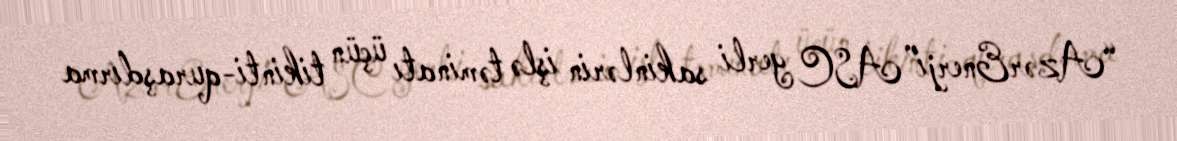
“AzərEnerji” ASC yerli sakinlərin işlə təminatı üçün tikinti-quraşdırma